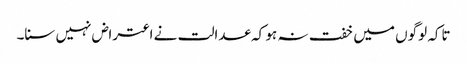
تاکہ لوگوں میں خفت نہ ہو کہ عدالت نے اعتراض نہیں سنا۔